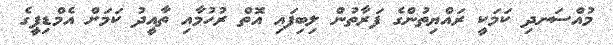
މުއްސަނދި ކަމަކީ ރައްޔިތުންގެ ފަރާތުން ލިބިފައި އޮތް ރުހުމާއި ތާއީދު ކަމަށް އެމްޑިޕީގެ